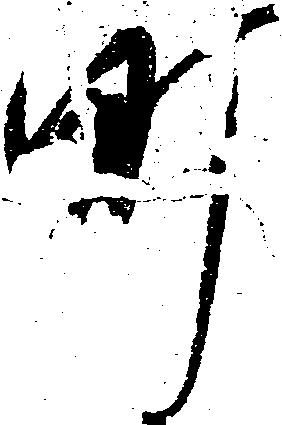
町